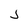
Character: j